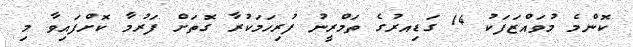
ކޮންމެ މުވައްޒަފަކު 14 ގަޑިއރުގެ ތަމްރީނު ފުރިހަމަކުރާ ގޮތަށް ފަރުމާ ކޮށްފައިވާ މި